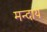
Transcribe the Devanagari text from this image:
मन्दाय